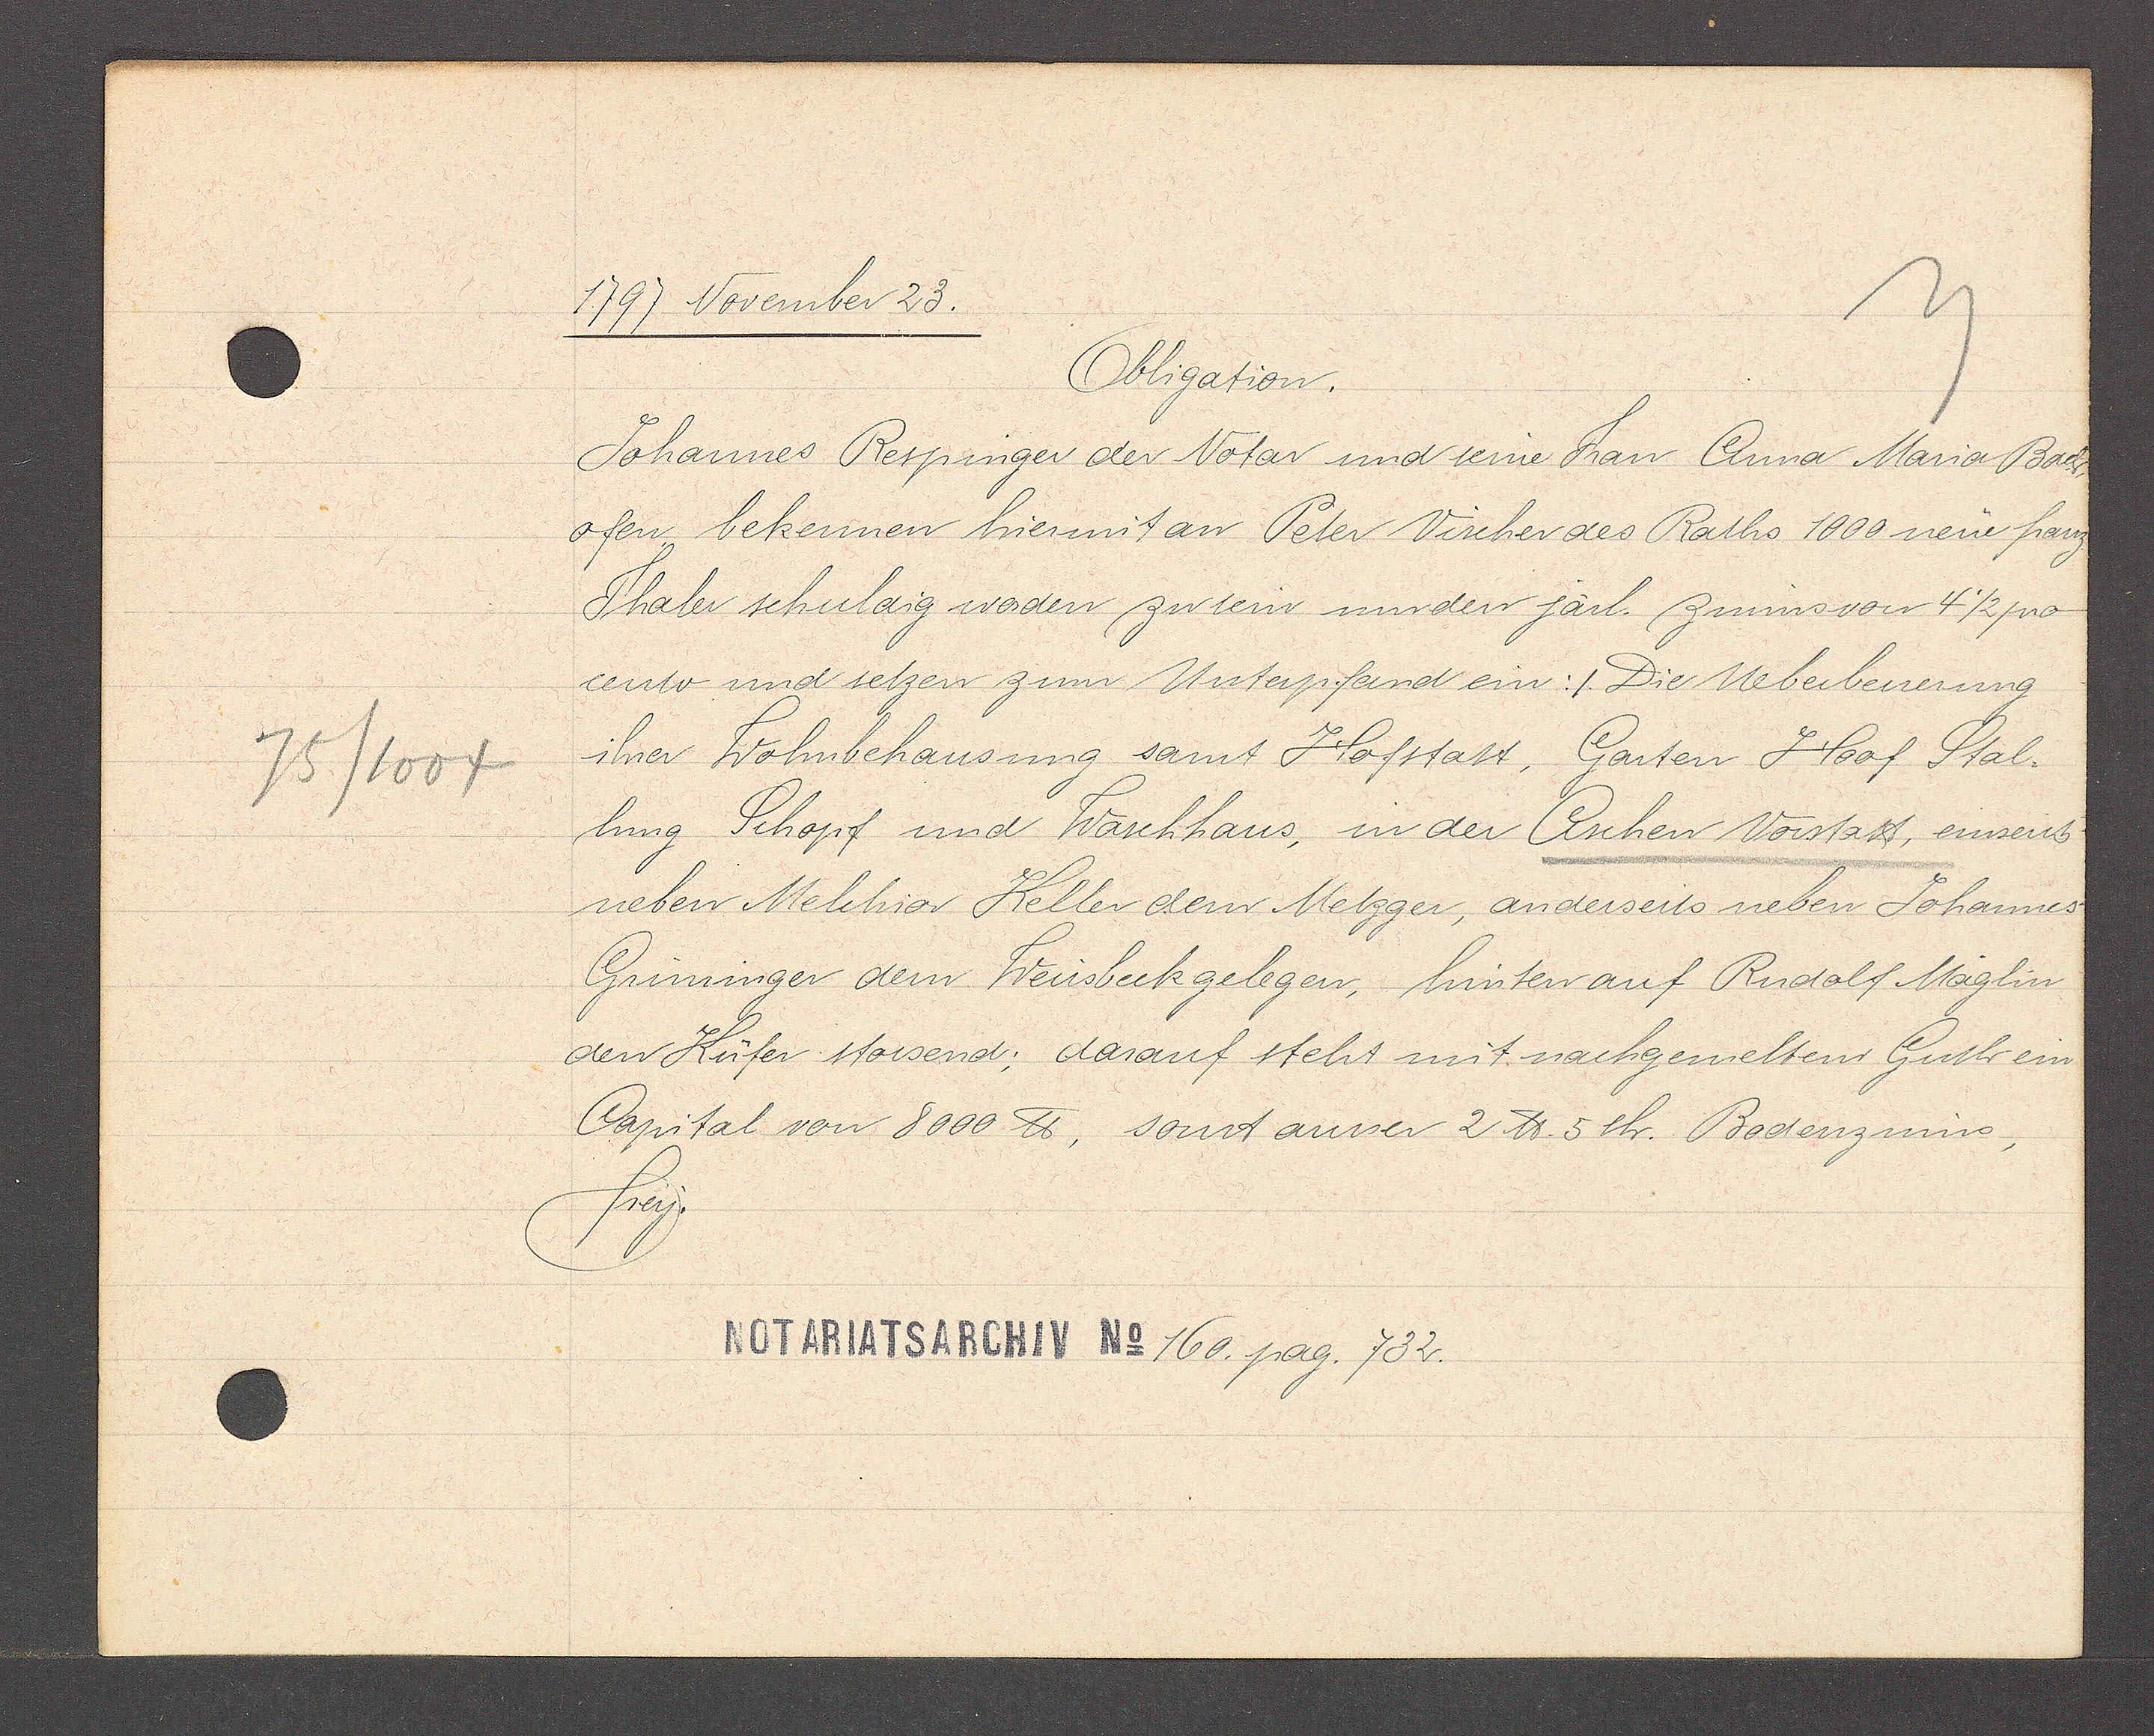
Transcript:
75/1004

1797 November 23.

Obligation.
Johannes Respinger der Notar und seine Frau Anna Maria Bach-
ofen bekennen hiermit an Peter Vischer des Raths 1000 neue franz
Thaler schuldig worden zu sein wurden järl. zinns von 4½ pro
cento und setzen zum Unterpfand ein: Die Ueberbesserung
ihrer Wohnbehausung samt Hofstatt, Garten Hoof Stal¬
lung Schopf und Waschhaus, in der Aschen Vorstatt, einseit
neben Melchior Keller dem Metzger, anderseits neben Johannes
Grininger dem Weissbeck gelegen, hinten auf Rudolf Mäglin
den Küfer stossend; darauf steht mit nachgemeltem Guth ein
Capital von 8000 ℔, sonst ausser 2 ℔. 5 sh. Bodenzinns,
frey.

Notariatsarchiv No 160. pag. 732.